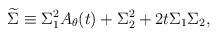
LaTeX: \begin{align*}{\widetilde \Sigma} \equiv \Sigma_{1}^{2}A_{\theta}(t)+\Sigma_{2}^{2}+2t \Sigma_{1}\Sigma_{2},\end{align*}